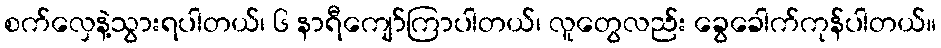
စက်လှေနဲ့သွားရပါတယ်၊ ၆ နာရီကျော်ကြာပါတယ်၊ လူတွေလည်း ခွေခေါက်ကုန်ပါတယ်။